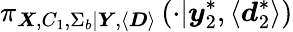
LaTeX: \pi_{\boldsymbol{X},C_{1},\Sigma_{b}|\boldsymbol{Y},\langle\boldsymbol{D}\rangle}\left(\cdot|\boldsymbol{y}_{2}^{*},\langle\boldsymbol{d}_{2}^{*}\rangle\right)